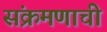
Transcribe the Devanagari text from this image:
संक्रमणाची